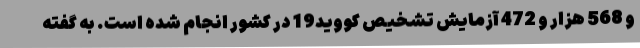
و 568 هزار و 472 آزمایش تشخیص کووید19 در کشور انجام شده است. به گفته